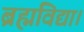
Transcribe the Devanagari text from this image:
ब्रह्मविद्या।